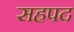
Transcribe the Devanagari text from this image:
सहपद